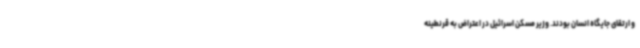
و ارتقای جایگاه انسان بودند. وزیر مسکن اسرائیل در اعتراض به قرنطینه